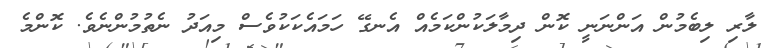
ލާރި ލިބެމުން އަންނަނީ ކޮން ދިމާލަކުންކަމެއް އެނގޭ ހަމައެކަކުވެސް މިއަދު ނެތުމުންނެވެ. ކޮންމެ